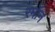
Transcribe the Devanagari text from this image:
रमॉन